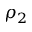
\rho _ { 2 }